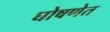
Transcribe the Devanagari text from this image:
घोषणेत